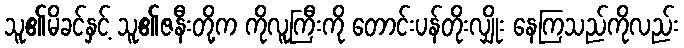
သူ၏မိခင်နှင့် သူ၏ဇနီးတို့က ကိုလူကြီးကို တောင်းပန်တိုးလျှိုး နေကြသည်ကိုလည်း